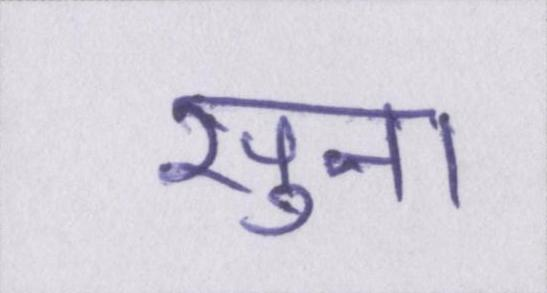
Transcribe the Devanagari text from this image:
सुना